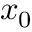
x _ { 0 }